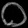
Digit: ၀